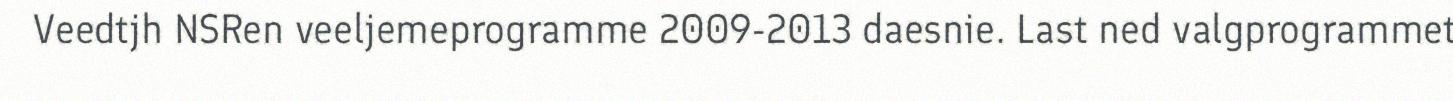
Veedtjh NSRen veeljemeprogramme 2009-2013 daesnie. Last ned valgprogrammet